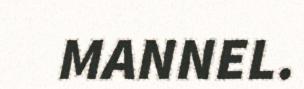
MANNEL.